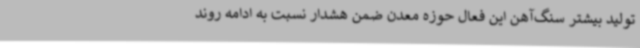
تولید بیشتر سنگ‌آهن این فعال حوزه معدن ضمن هشدار نسبت به ادامه روند